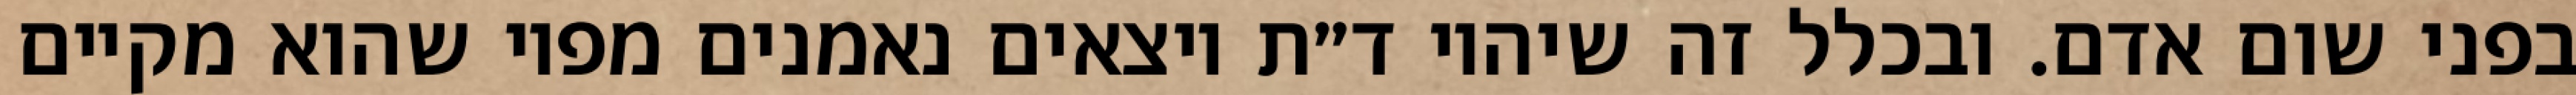
בפני שום אדם. ובכלל זה שיהיו ד״ת יוצאים נאמנים מפיו שהוא מקיים